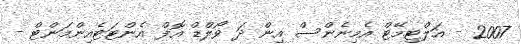
2007 - އަލްޓިމޭޓް އެމިނެންސް އިން ދަ ވޯލްޑް އޮފް އެންޓަޓެއިންމަންޓް -